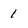
Character: 1